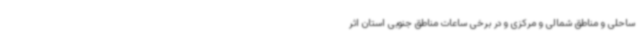
ساحلی و مناطق شمالی و مرکزی و در برخی ساعات مناطق جنوبی استان اثر